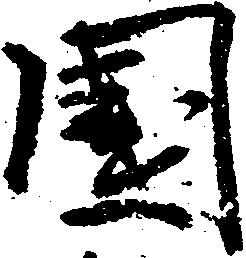
国